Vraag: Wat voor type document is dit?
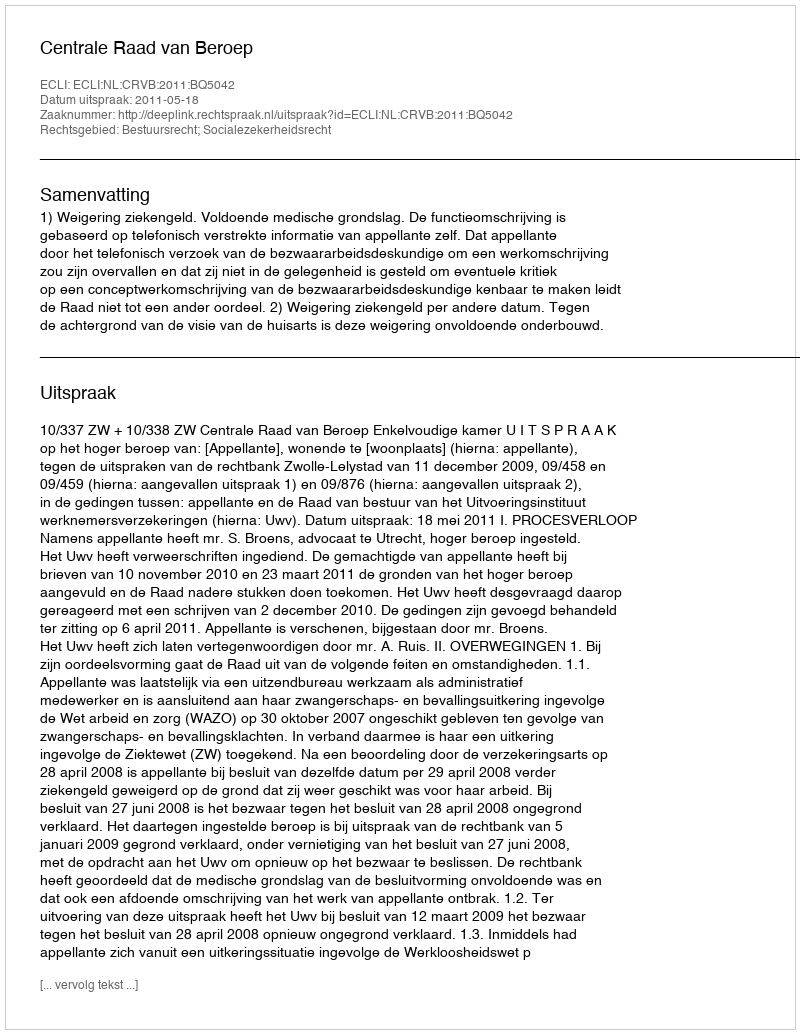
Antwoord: Uitspraak